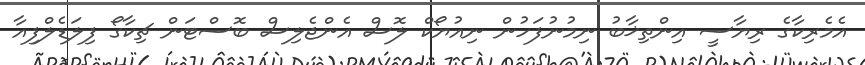
އެމެރިކާގެ ރިޔާސީ އިންތިޚާބު ނިމުނުފަހުން ނިއުޔޯކް ލޮސް އެންޖެލިސް ބޮސްޓަން ޗިކާގޯ ފިލަޑެލްފިއާ